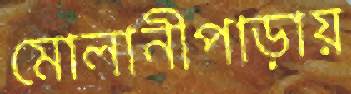
মোলানীপাড়ায়